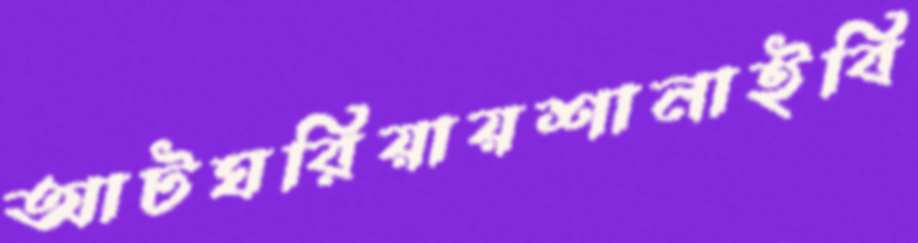
আটঘরিয়ায়শানাইবি